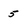
Character: 5